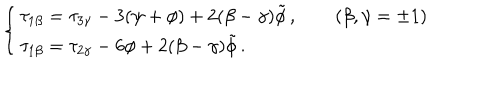
\left\{ \begin{array} { l } { { \tau _ { 1 \beta } = \tau _ { 3 \gamma } - 3 ( \psi + \phi ) + 2 ( \beta - \gamma ) \tilde { \phi } \, , \qquad ( \beta , \gamma = \pm 1 ) } } \\ { { \tau _ { 1 \beta } = \tau _ { 2 \gamma } - 6 \phi + 2 ( \beta - \gamma ) \tilde { \phi } \, . } } \\ \end{array} \right.